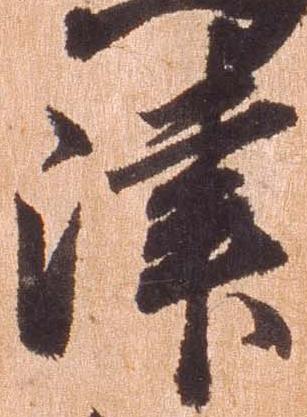
津